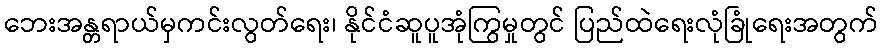
ဘေးအန္တရာယ်မှကင်းလွတ်ရေး၊ နိုင်ငံဆူပူအုံကြွမှုတွင် ပြည်ထဲရေးလုံခြုံရေးအတွက်